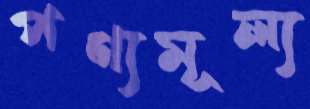
পণ্যমূল্য